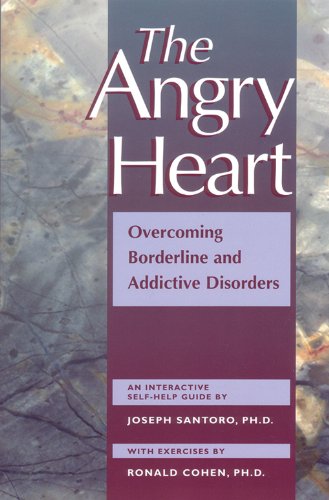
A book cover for The Angry Heart: Overcoming Borderline and Addictive Disorders; Joseph Santoro; Self-Help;